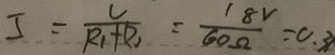
5 = \frac { U } { R _ { 1 } + P _ { 2 } } = \frac { 1 8 v } { 6 0 \Omega } = 0 . 3